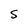
Character: S